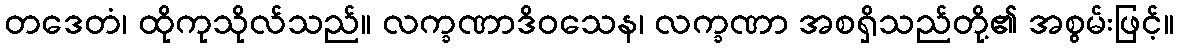
တဒေတံ၊ ထိုကုသိုလ်သည်။ လက္ခဏာဒိဝသေန၊ လက္ခဏာ အစရှိသည်တို့၏ အစွမ်းဖြင့်။